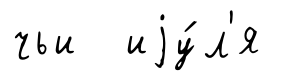
чьи иjу́л'я